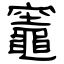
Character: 竈